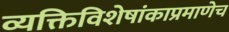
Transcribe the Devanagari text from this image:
व्यक्तिविशेषांकाप्रमाणेच